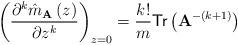
LaTeX: \begin{align*}\left(\frac{\partial^k \hat{m}_{\mathbf{A}}\left(z\right) }{\partial z^k}\right)_{z=0}=\frac{k!}{m}\textsf{Tr}\left(\mathbf{A}^{-\left(k+1\right)}\right)\end{align*}